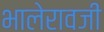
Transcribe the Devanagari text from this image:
भालेरावजी